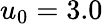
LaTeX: u_{0}=3.0